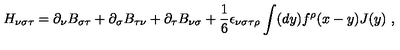
H _ { \nu \sigma \tau } = \partial _ { \nu } B _ { \sigma \tau } + \partial _ { \sigma } B _ { \tau \nu } + \partial _ { \tau } B _ { \nu \sigma } + \frac { 1 } { 6 } \epsilon _ { \nu \sigma \tau \rho } \int ( d y ) f ^ { \rho } ( x - y ) J ( y ) \ ,